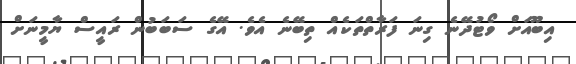
އިބޫއަށް ވޯޓުދޭނެ ގިނަ ފަރާތްތަކެއް ތިބޭނެ އެވެ. އޭގެ ސަބަބުން ރައީސް ޔާމީނަށް